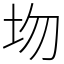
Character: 圽